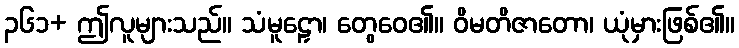
၃၆၁+ ဤလူများသည်။ သံမူဠှော၊ တွေဝေ၏။ ဝိမတိဇာတော၊ ယုံမှားဖြစ်၏။